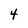
Character: 4